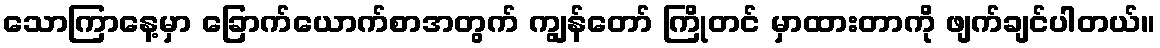
သောကြာနေ့မှာ ခြောက်ယောက်စာအတွက် ကျွန်တော် ကြိုတင် မှာထားတာကို ဖျက်ချင်ပါတယ်။